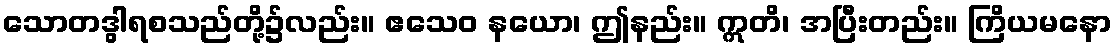
သောတဒွါရစသည်တို့၌လည်း။ ဧသေဝ နယော၊ ဤနည်း။ ဣတိ၊ အပြီးတည်း။ ကြိယမနော